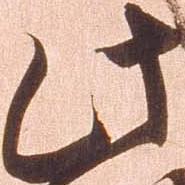
此